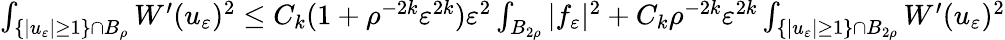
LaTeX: \begin{array}{r}{\int_{\{ |u_{\varepsilon}|\geq 1\} \cap B_{\rho}}W^{\prime}(u_{\varepsilon})^{2}\leq C_{k}(1+\rho^{-2k}\varepsilon^{2k})\varepsilon^{2}\int_{B_{2\rho}}|f_{\varepsilon}|^{2}+C_{k}\rho^{-2k}\varepsilon^{2k}\int_{\{ |u_{\varepsilon}|\geq 1\} \cap B_{2\rho}}W^{\prime}(u_{\varepsilon})^{2}}\end{array}